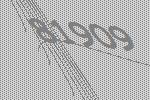
81909